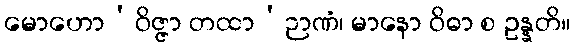
မောဟော’ဝိဇ္ဇာ တထာ’ဉာဏံ၊ မာနော ဝိဓာ စ ဥန္နတိ။